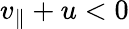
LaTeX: v_{\parallel}+u<0